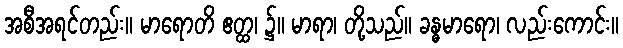
အစီအရင်တည်း။ မာရောတိ ဧတ္ထ၊ ၌။ မာရာ၊ တို့သည်။ ခန္ဓမာရော၊ လည်းကောင်း။